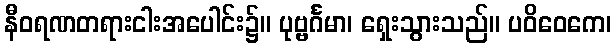
နီဝရဏတရားငါးအပေါင်း၌။ ပုဗ္ဗင်္ဂမာ၊ ရှေးသွားသည်။ ပဝိဝေကေ၊